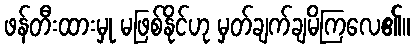
ဖန်တီးထားမှု မဖြစ်နိုင်ဟု မှတ်ချက်ချမိကြလေ၏။